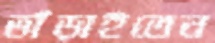
ভাঁড়াইতেন